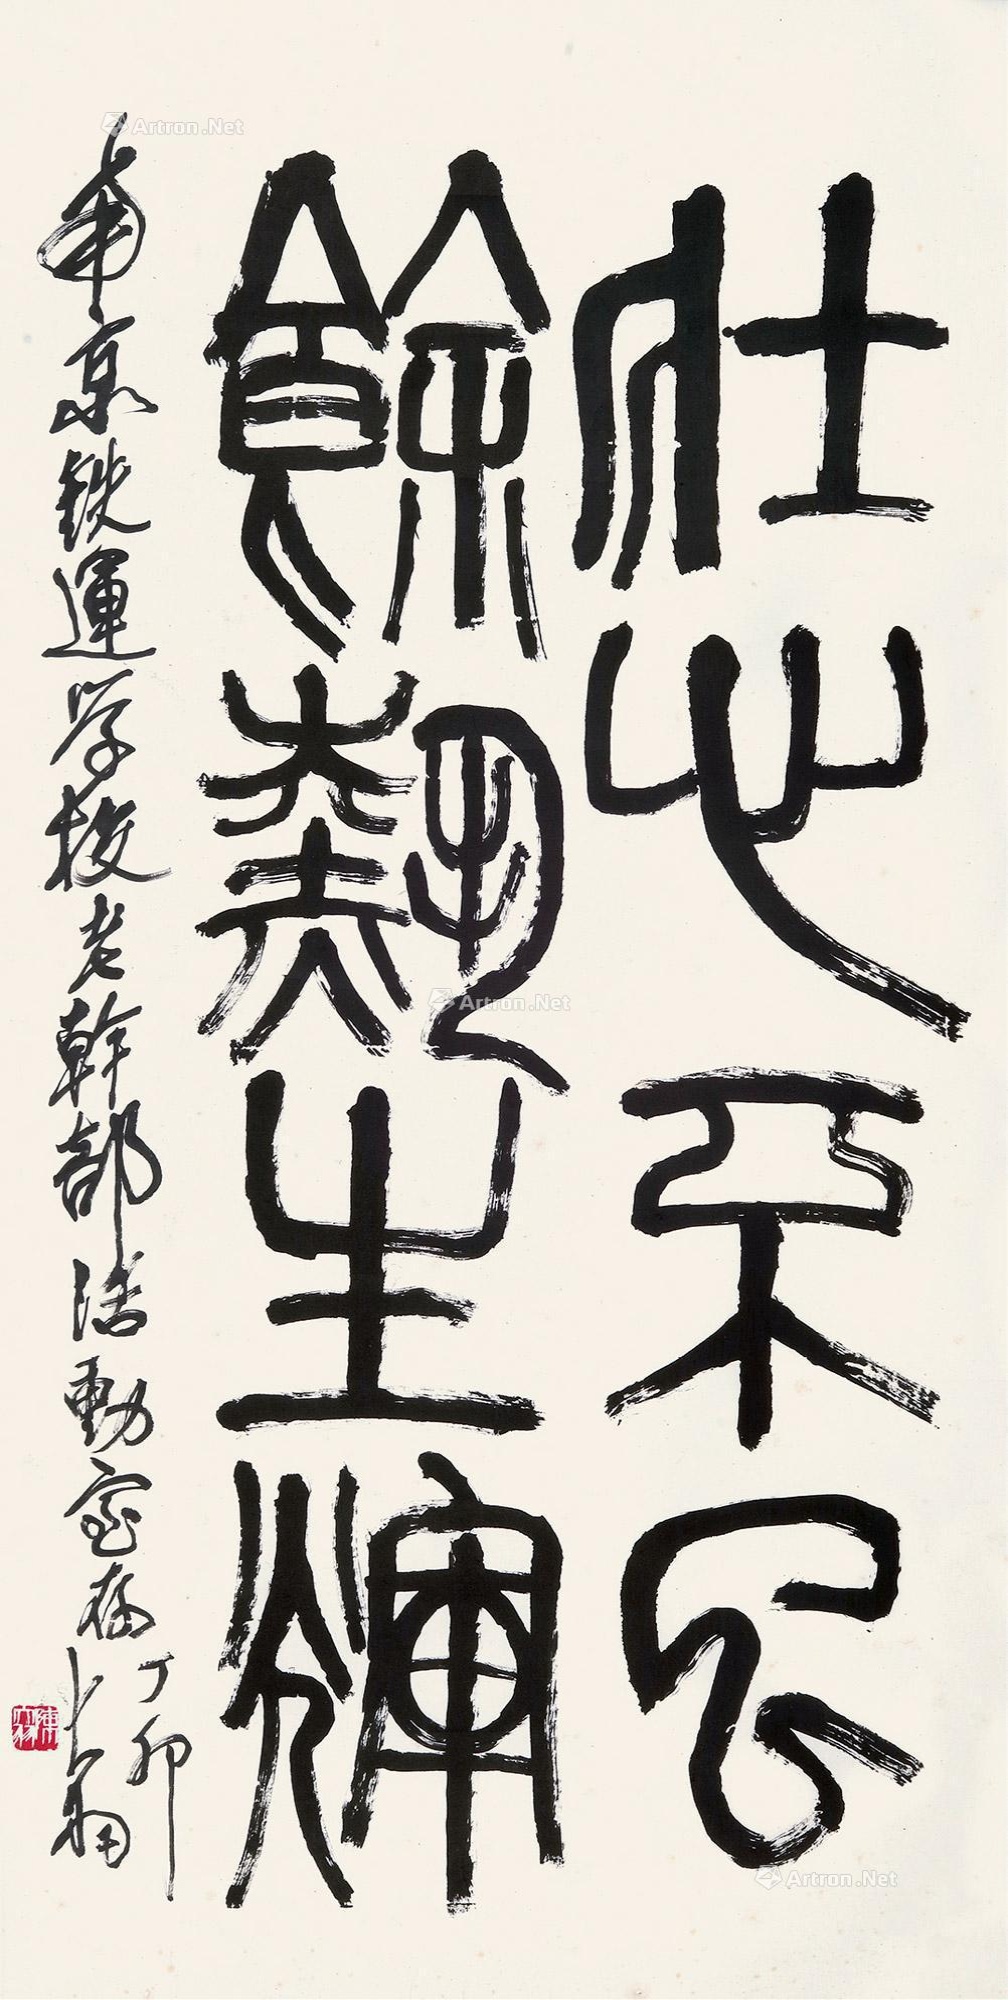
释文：壮心不已，余热生辉。南京铁运学校老干部活动室存，丁卯（1987）大羽。